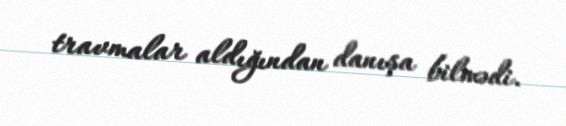
travmalar aldığından danışa bilmədi.